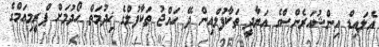
އެލައިޑް އިންޝުއަރެންސްގެ އަޔާދީ ތަކާފުލްއިން ދޭ ހައްޖު ތަކާފުލްގެ ޚިދުމަތް ހޯދުމަށް ޕްރީމިއަމްގެ